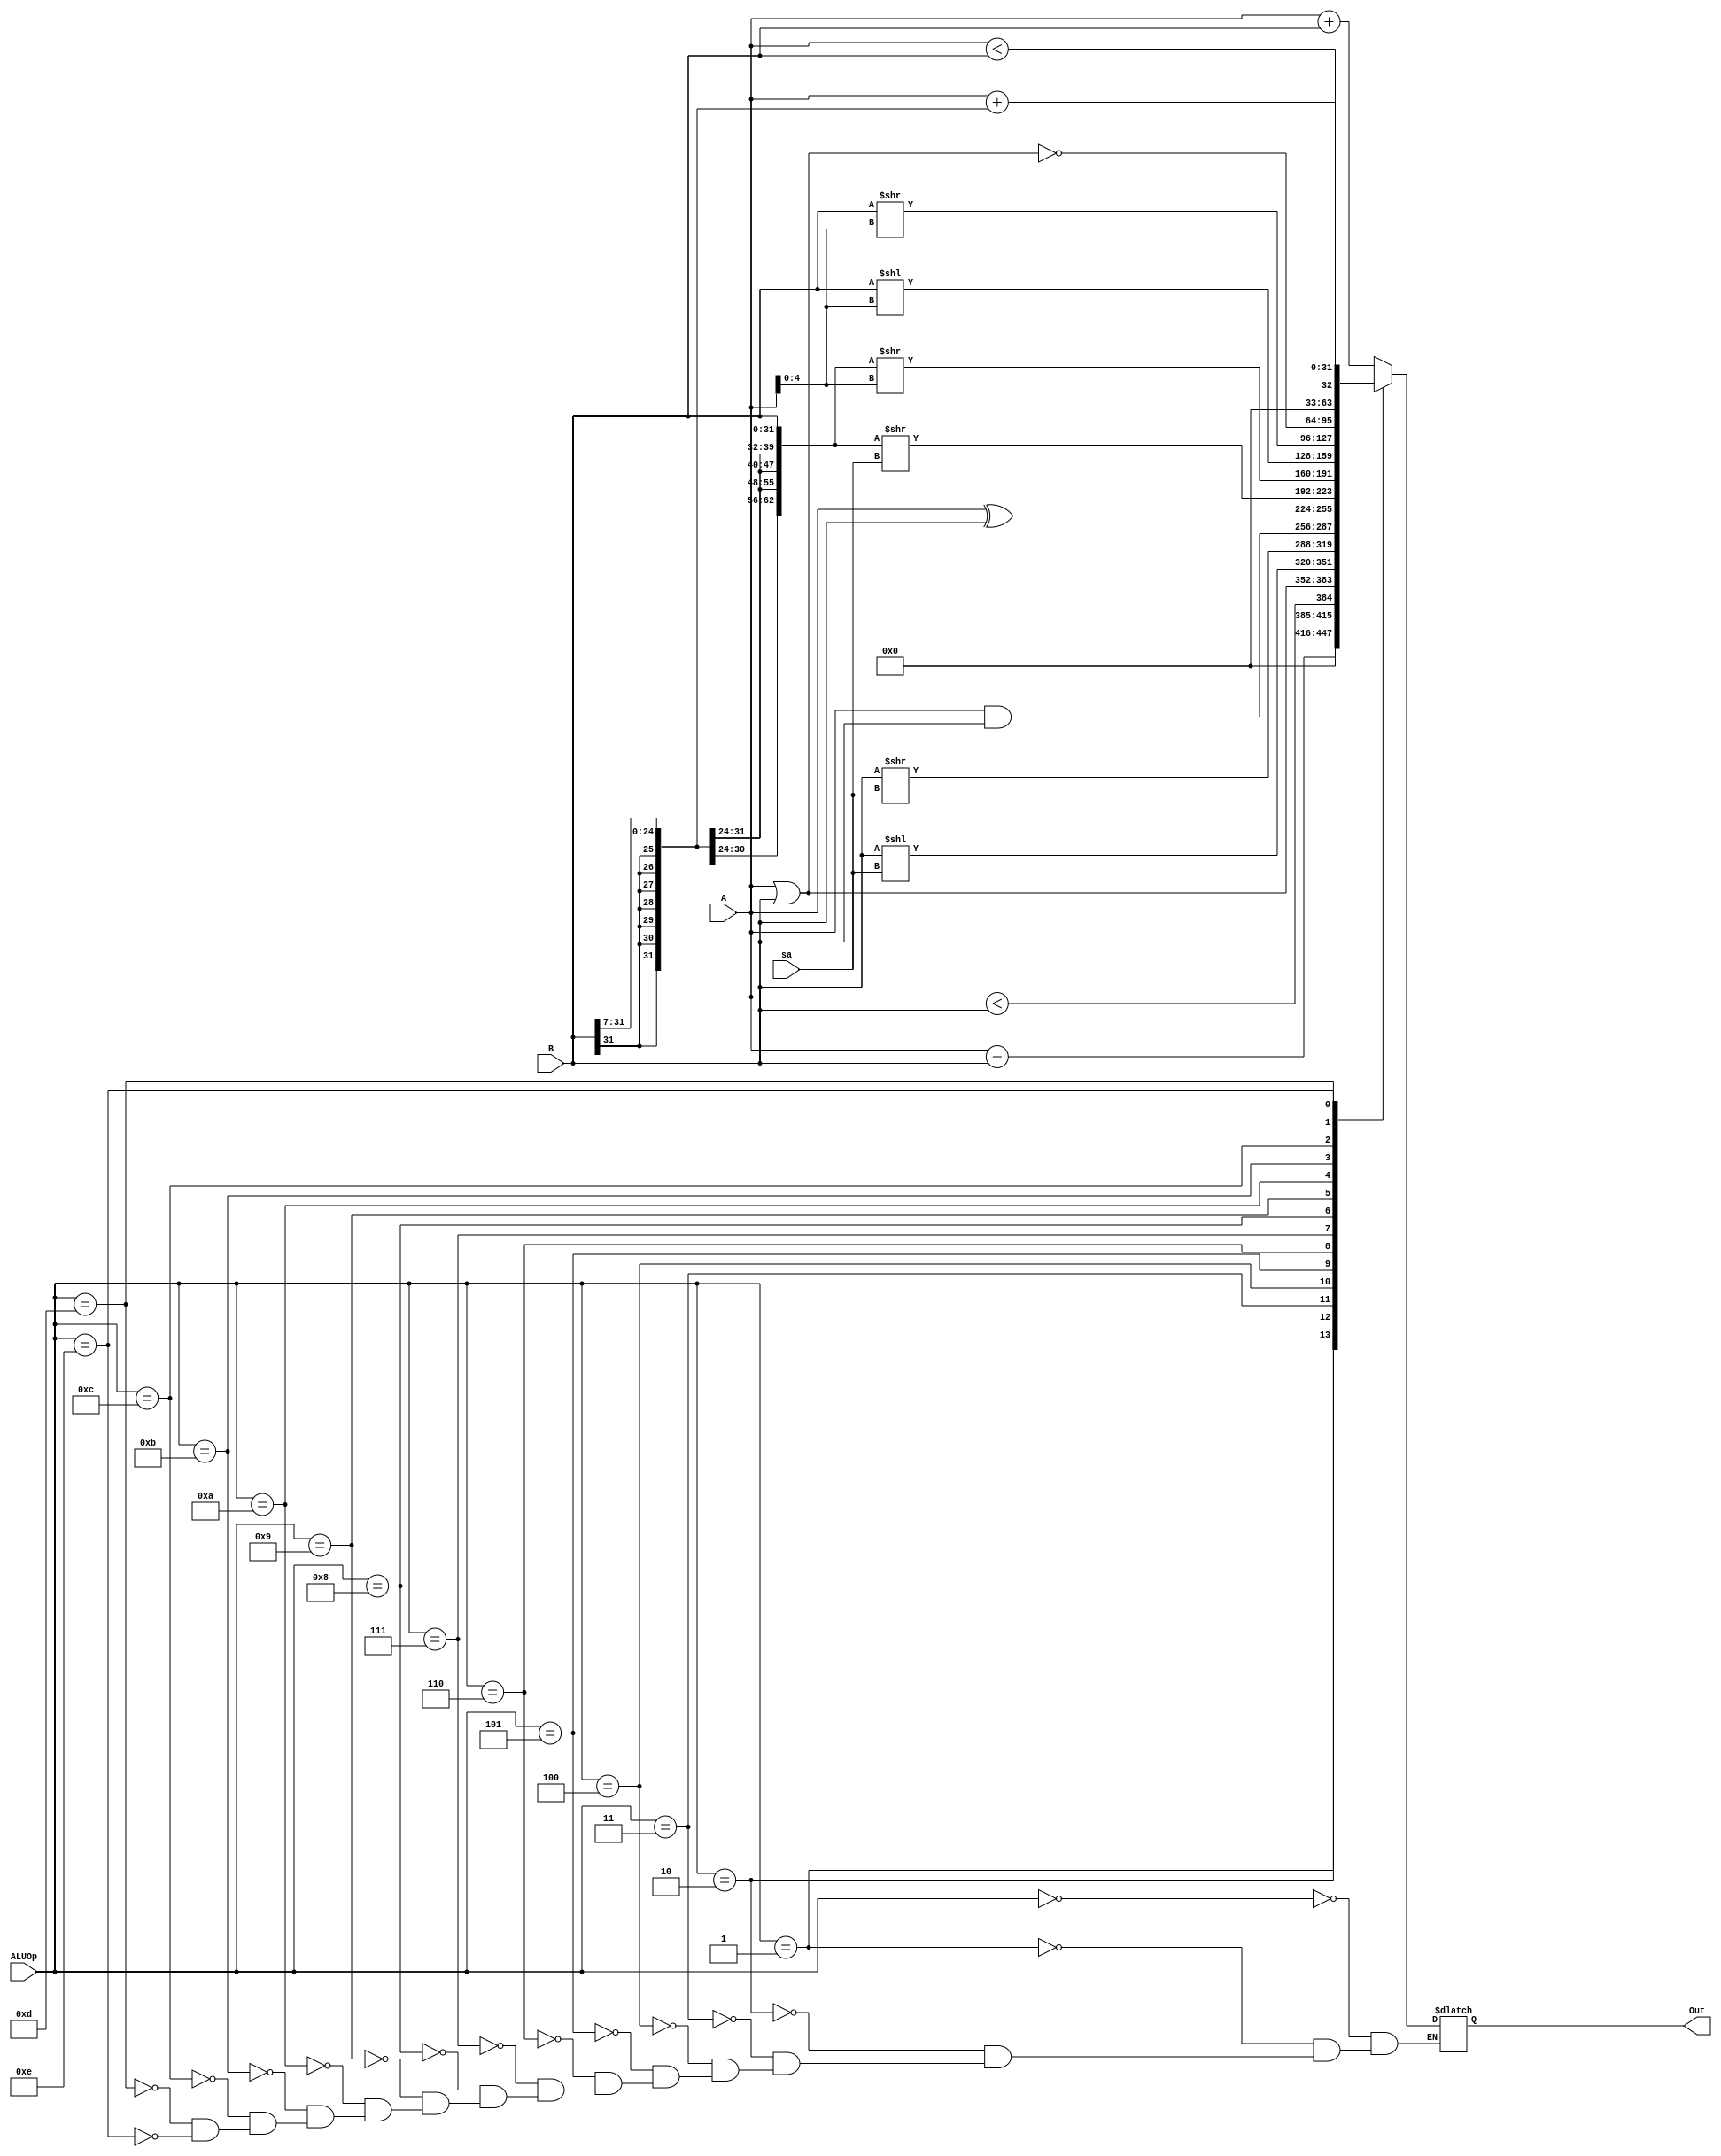
`timescale 1ns / 1ps
//////////////////////////////////////////////////////////////////////////////////
// Company: 
// Engineer: 
// 
// Design Name: 
// Module Name:    alu 
// Project Name: 
// Target Devices: 
// Tool versions: 
// Description: 
//
// Dependencies: 
//
// Revision: 
// Revision 0.01 - File Created
// Additional Comments: 
//
//////////////////////////////////////////////////////////////////////////////////
module alu(
    input [31:0] A,
    input [31:0] B,
    output [31:0] Out,
    input [4:0] ALUOp,
	input [4:0] sa
    );
	wire [63:0] _temp9;
	wire [31:0] temp1,temp2,temp3,temp4,temp5,temp6,temp7,temp8,temp9,temp10,temp11,temp12,temp13,temp14,temp15;
	reg [31:0] C;
	
	assign Out = C;
	assign temp1 = A+B;
	assign temp2 = A-B;
	assign temp3 = ($signed(A) < $signed(B));  // A < B signed  A[31] > B[31])||((A[31] == B[31])&&(A < B)
	assign temp4 = A|B;
	assign temp5 = B << sa;
	assign temp6 = B >> sa;
	assign temp7 = A&B;
	assign temp8 = A^B;
	assign temp9 = {{31{B[31]}},B}>>sa;
	assign temp10 = {{31{B[31]}},B}>>A[4:0];
	assign temp11 = B<<A[4:0];
	assign temp12 = B>>A[4:0];
	assign temp13 = ~(A|B);
	assign temp14 = A < B;
	assign temp15 = A + {{7{B[31]}},B[31:7]};
	
	
	always @*
      case (ALUOp)
         5'b00000: C = temp1;
         5'b00001: C = temp2;
         5'b00010: C = temp3;
         5'b00011: C = temp4;
		 5'b00100: C = temp5;
		 5'b00101: C = temp6;
		 5'b00110: C = temp7;
		 5'b00111: C = temp8;
         5'b01000: C = temp9;
         5'b01001: C = temp10;
         5'b01010: C = temp11;
         5'b01011: C = temp12;
		 5'b01100: C = temp13;
		 5'b01101: C = temp14;
		 5'b01110: C = temp15;
      endcase
	
	
endmodule